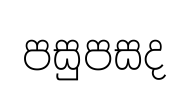
පසුපසද